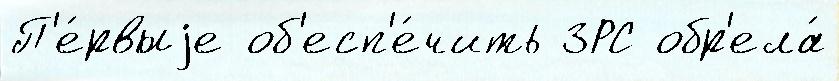
П'е́рвыjе об'есп'е́чить ЗРС обр'ела́